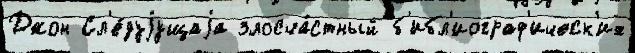
Джон Сл'е́дуjущаjа злосча́стный б'ибл'иограф'ическ'их